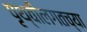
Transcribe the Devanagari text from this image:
पृथ्वीलगतच्या